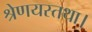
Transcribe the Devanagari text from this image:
श्रेणयस्तथा।